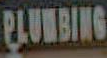
BLUBBING